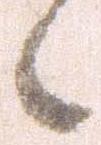
候